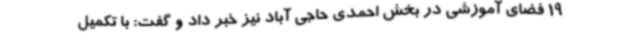
19 فضای آموزشی در بخش احمدی حاجی آباد نیز خبر داد و گفت: با تکمیل